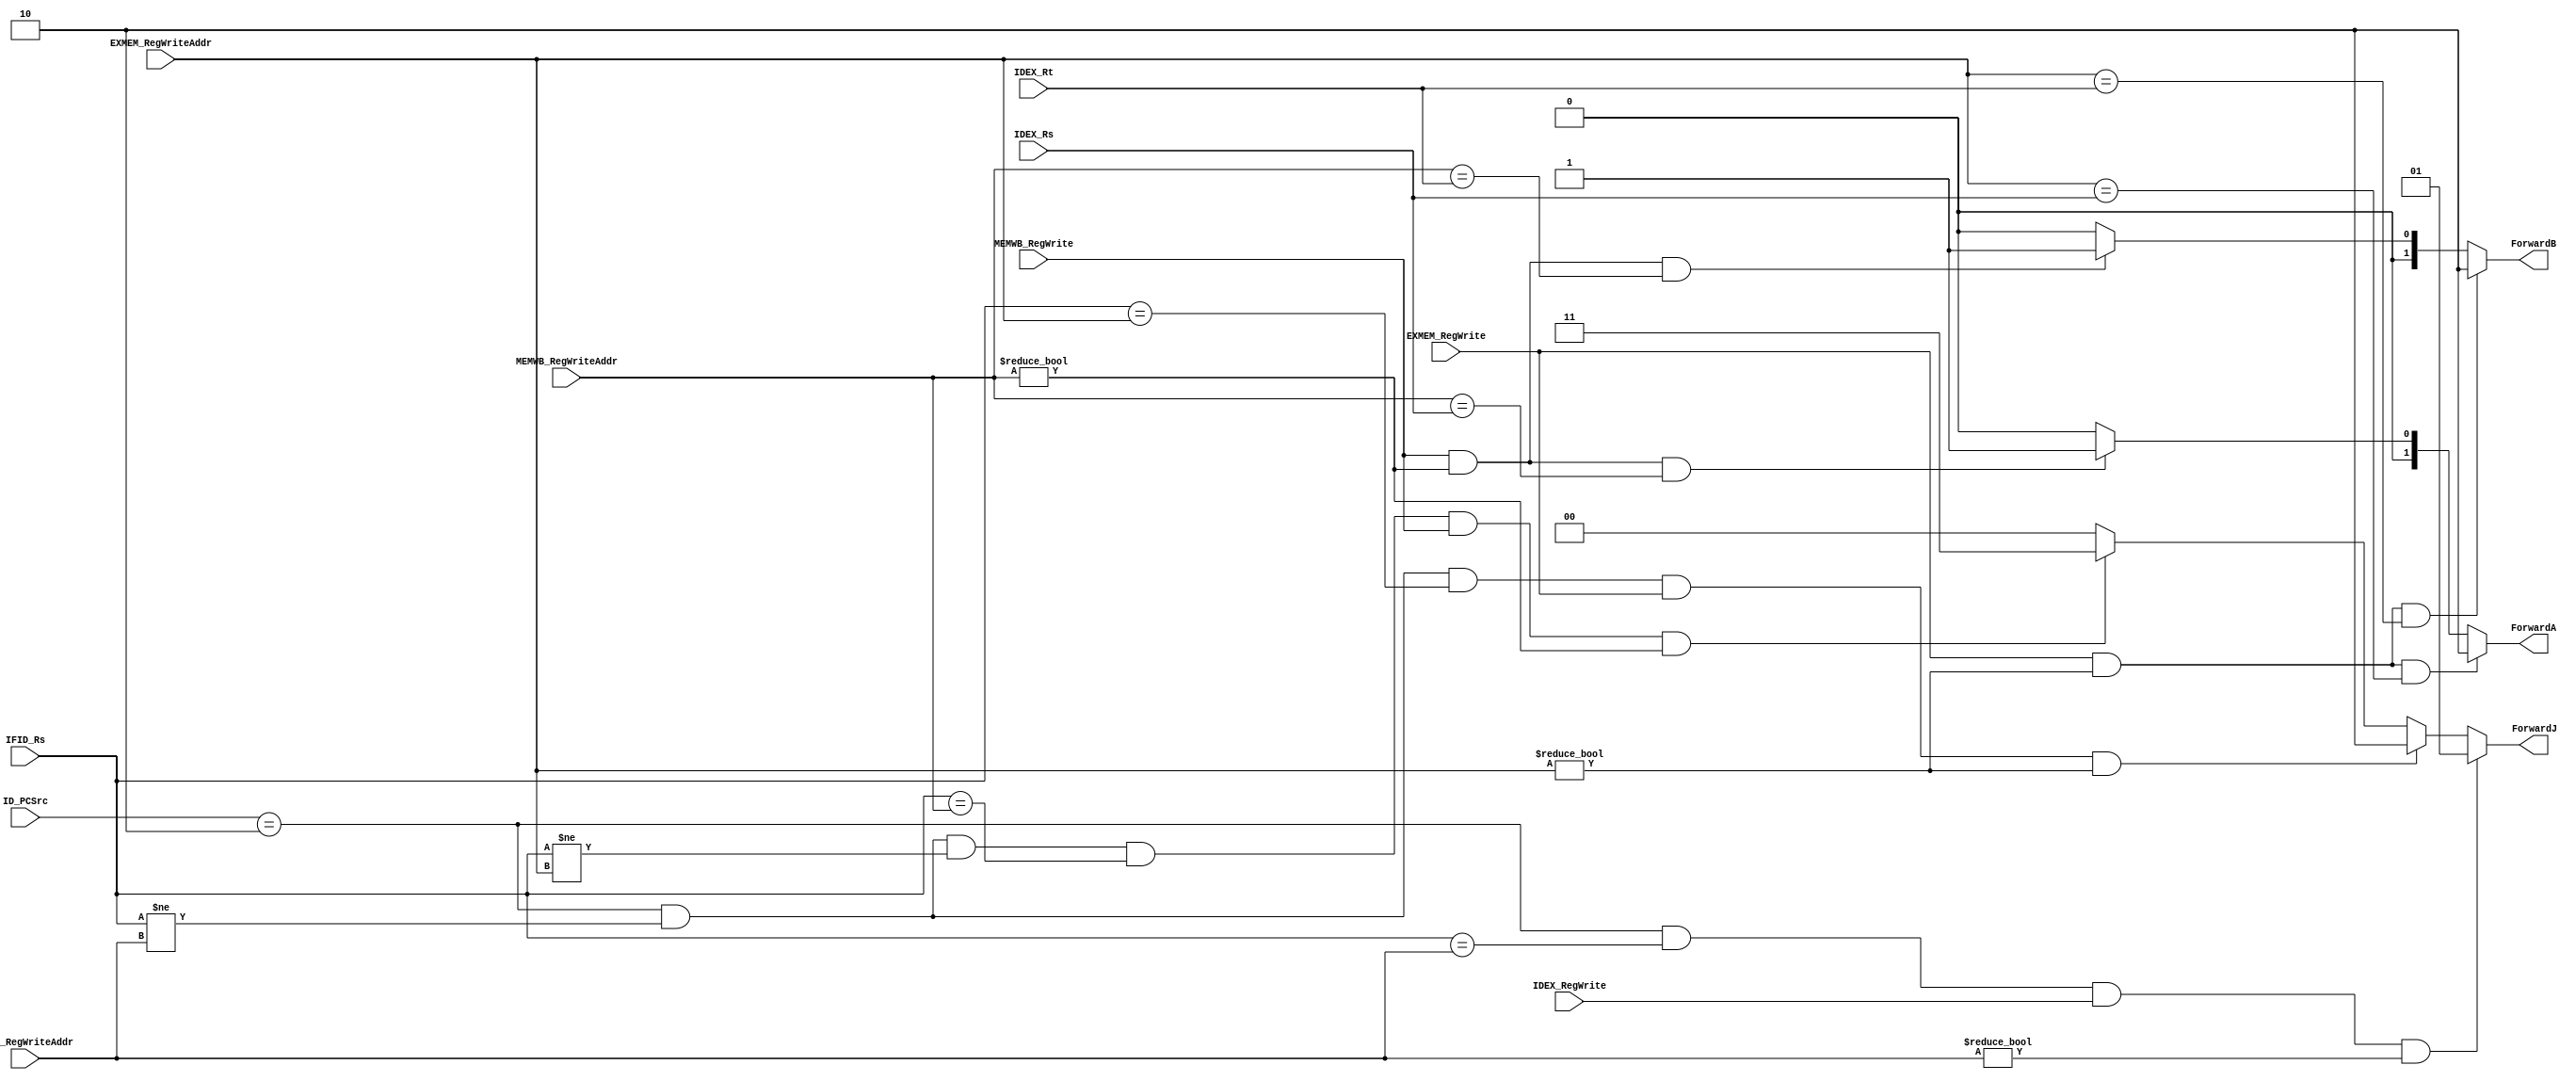
`timescale 1ns / 1ps

module ForwardUnit(
                   EXMEM_RegWrite,
                   EXMEM_RegWriteAddr,
                   IDEX_Rt,
                   IDEX_Rs,
                   ID_PCSrc,
                   IFID_Rs,
                   IDEX_RegWriteAddr,
                   IDEX_RegWrite,
                   MEMWB_RegWrite,
                   MEMWB_RegWriteAddr,
                   ForwardA,
                   ForwardB,
                   ForwardJ
    );
    input EXMEM_RegWrite;
    input [4:0] EXMEM_RegWriteAddr;
    input [4:0] IDEX_Rt;
    input [4:0] IDEX_Rs;
    input [2:0] ID_PCSrc;
    input [4:0] IFID_Rs;
    input [4:0] IDEX_RegWriteAddr;
    input IDEX_RegWrite;
    input MEMWB_RegWrite;
    input [4:0] MEMWB_RegWriteAddr;
    output reg [1:0] ForwardA;
    output reg [1:0] ForwardB;
    output reg [1:0] ForwardJ;

    initial begin
    	ForwardA = 2'b00;
    	ForwardB = 2'b00;
    	ForwardJ = 2'b00;
    end

    always @(*) begin
        if(EXMEM_RegWrite == 1'b1 && // Register writing enabled
           EXMEM_RegWriteAddr != 5'b0 && // Not writing $0
           EXMEM_RegWriteAddr == IDEX_Rs // Will use the same register immediately in EX
           )
                ForwardA = 2'b10;
        else if(MEMWB_RegWrite == 1'b1 && // Register writing enabled
                MEMWB_RegWriteAddr != 5'b0 && // Not writing $0
                MEMWB_RegWriteAddr == IDEX_Rs // Will use the same register immediately in EX
                )
                ForwardA = 2'b01;
        else
                ForwardA = 2'b00;

        if(EXMEM_RegWrite == 1'b1 && // Register writing enabled
           EXMEM_RegWriteAddr != 5'b0 && // Not writing $0
           EXMEM_RegWriteAddr == IDEX_Rt // Will use the same register immediately in EX
           )
                ForwardB = 2'b10;
        else if(MEMWB_RegWrite == 1'b1 && // Register writing enabled
                MEMWB_RegWriteAddr != 5'b0 && // Not writing $0
                MEMWB_RegWriteAddr == IDEX_Rt // Will use the same register immediately in EX
                )
                ForwardB = 2'b01;
        else
                ForwardB = 2'b00;

        if(ID_PCSrc == 3'b010 && // jr, jalr
           IFID_Rs == IDEX_RegWriteAddr && // Will use the same register immediately in ID
           IDEX_RegWrite && // Register writing enabled
           IDEX_RegWriteAddr != 0 //Not writing $0
          )
                ForwardJ = 2'b01;

        else if(ID_PCSrc == 3'b010 &&
                IFID_Rs != IDEX_RegWriteAddr &&
                IFID_Rs == EXMEM_RegWriteAddr &&
                EXMEM_RegWrite &&
                EXMEM_RegWriteAddr != 0
                )
                ForwardJ = 2'b10;
                else if(ID_PCSrc == 3'b010 &&
                        IFID_Rs != IDEX_RegWriteAddr &&
                        IFID_Rs != EXMEM_RegWriteAddr &&
                        IFID_Rs == MEMWB_RegWriteAddr &&
                        MEMWB_RegWrite &&
                        MEMWB_RegWriteAddr != 0
                        )
                        ForwardJ = 2'b11;
                    else
                        ForwardJ = 2'b00;
    end   
    
endmodule